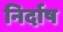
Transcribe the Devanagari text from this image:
निर्दाष